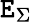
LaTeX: \mathtt{E}_{\Sigma}